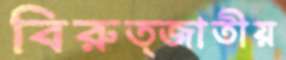
বিরুত্জাতীয়